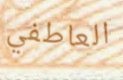
العاطفي